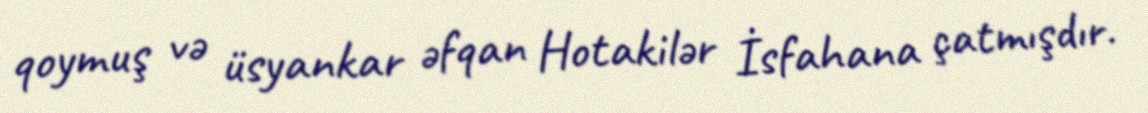
qoymuş və üsyankar əfqan Hotakilər İsfahana çatmışdır.